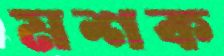
মশক